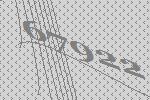
67922